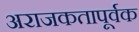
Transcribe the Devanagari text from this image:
अराजकतापूर्वक